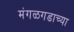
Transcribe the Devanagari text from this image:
मंगळगडाच्या